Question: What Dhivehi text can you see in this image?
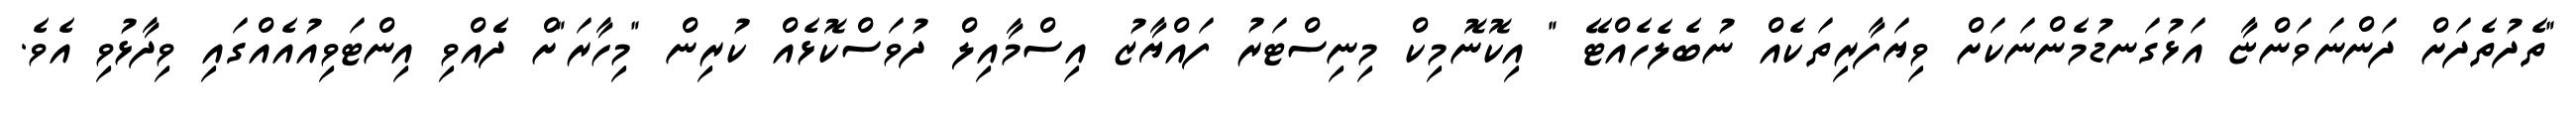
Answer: "ތެދުތެދަށް ދަންނަވަންޏާ އަޅުގަނޑުމެންނަކަށް ވިޔަފާރިތަކެއް ނުބެލެހެއްޓޭ " އިކޮނޮމިކް މިނިސްޓަރު ފައްޔާޒު އިސްމާއިލް ދުވަސްކޮޅެއް ކުރިން "މިހާރަ"ށް ދެެއްވި އިންޓަވިއުއެއްގައި ވިދާޅުވި އެވެ.